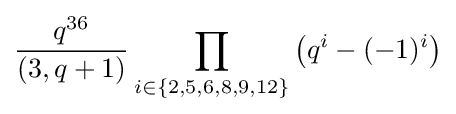
{\frac {q^{36}}{(3,q+1)}}\prod _{i\in \{2,5,6,8,9,12\}}\left(q^{i}-(-1)^{i}\right)